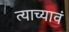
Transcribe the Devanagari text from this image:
त्याच्यावं